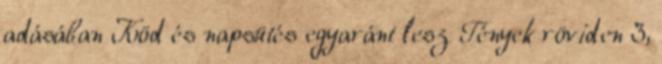
adásában Köd és napsütés egyaránt lesz Tények röviden 3,